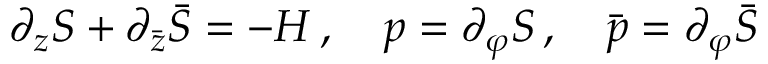
\partial _ { z } S + \partial _ { \bar { z } } \bar { S } = - { \cal H } \, , \quad p = \partial _ { \varphi } S \, , \quad \bar { p } = \partial _ { \varphi } \bar { S }